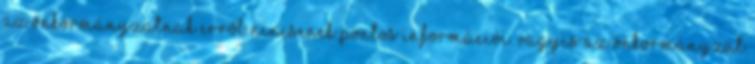
az önkormányzatnak erről nincsenek pontos információi. Vagyis az önkormányzat